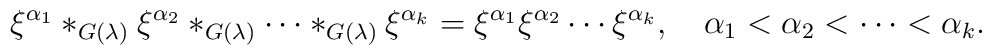
\xi^{\alpha_1}*_{G(\lambda)}\xi^{\alpha_2}*_{G(\lambda)}\cdots*_{G(\lambda)}\xi^{\alpha_k}=\xi^{\alpha_1}\xi^{\alpha_2}\cdots\xi^{\alpha_k},\quad\alpha_1<\alpha_2<\cdots<\alpha_k.